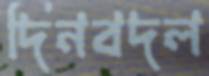
দিনবদল